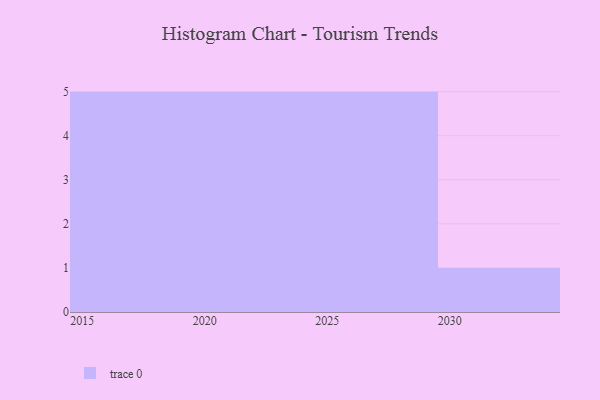
{"axis": {"x": "Year", "y": "Active Users"}, "legend": [""], "data": [{"x": "2025", "y": 23, "type": ""}, {"x": "2020", "y": 2, "type": ""}, {"x": "2019", "y": 53, "type": ""}, {"x": "2021", "y": 61, "type": ""}, {"x": "2027", "y": 4, "type": ""}, {"x": "2016", "y": 31, "type": ""}, {"x": "2015", "y": 62, "type": ""}, {"x": "2026", "y": 57, "type": ""}, {"x": "2023", "y": 24, "type": ""}, {"x": "2018", "y": 33, "type": ""}, {"x": "2022", "y": 61, "type": ""}, {"x": "2029", "y": 33, "type": ""}, {"x": "2030", "y": 90, "type": ""}, {"x": "2024", "y": 23, "type": ""}, {"x": "2017", "y": 54, "type": ""}, {"x": "2028", "y": 67, "type": ""}]}